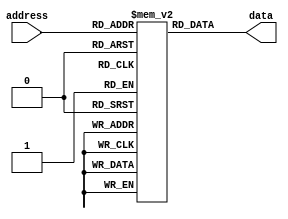
module anti_fuse_rom (
    input wire [N-1:0] address,
    output reg [M-1:0] data
);

parameter N = 10; // Address width
parameter M = 8; // Data width

reg [M-1:0] memory [0:(2**N)-1]; // Memory array

// Initialize memory data
initial begin
    // Programming circuitry to blow anti-fuses and store data permanently
    // Code to initialize memory data goes here
end

always @ (address) begin
    // Decoder to select the appropriate memory cell based on the address input
    data <= memory[address];
end

endmodule